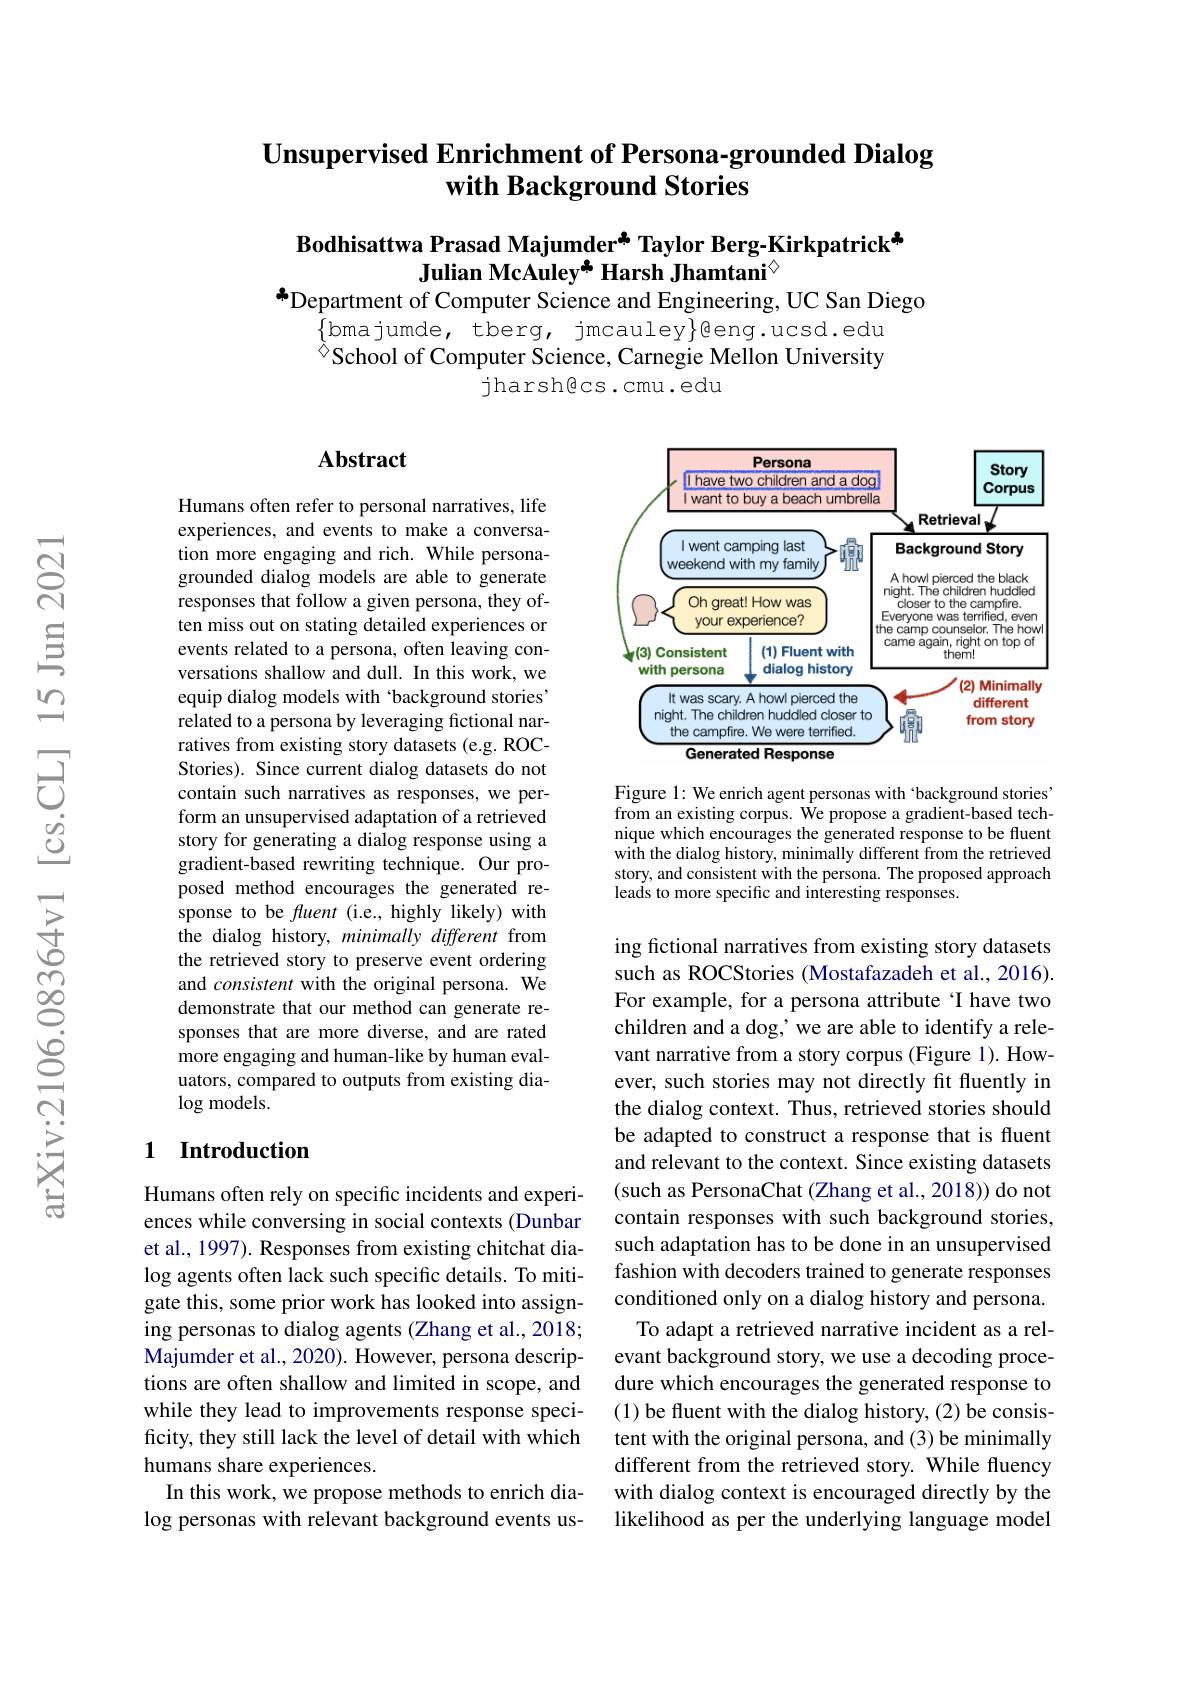
## $\textbf{Unsupervised Enrichment of Persona- grounded Dialog}$ with Background Stories

# Bodhisattwa Prasad Majumder* Taylor Berg-Kirkpatrick* Julian McAuley* Harsh Jhamtani$^{\textcircled{\mathrm{o}}}$ an Department of Computer Science and Engineering, UC San Diego

$\{$bmajumde, tberg, jmcauley$\}$geng.ucsd.edu $^{\textcircled{\mathrm{b}}}$School of Computer Science, Carnegie Mellon University
jharsh@cs.cmu.edu

### $\mathbf{Abstract}$

Humans often refer to personal narratives, life experiences, and events to make a conversation more engaging and rich. While personagrounded dialog models are able to generate responses that follow a given persona, they often miss out on stating detailed experiences or events related to a persona, often leaving conversations shallow and dull. In this work, we equip dialog models with ‘background stories’ related to a persona by leveraging fictional narratives from existing story datasets (e.g. ROCStories). Since current dialog datasets do not contain such narratives as responses, we perform an unsupervised adaptation of a retrieved story for generating a dialog response using a gradient-based rewriting technique. Our proposed method encourages the generated response to be fluent (i.e., highly likely) with the dialog history, minimally different from the retrieved story to preserve event ordering and consistent with the original persona. We demonstrate that our method can generate responses that are more diverse, and are rated more engaging and human-like by human evaluators, compared to outputs from existing dia- $\log$models.

## 1 Introduction

Humans often rely on specific incidents and experiences while conversing in social contexts (Dunbar et al., 1997). Responses from existing chitchat dialog agents often lack such specific details. To mitigate this, some prior work has looked into assigning personas to dialog agents (Zhang et al., 2018; Majumder et al., 2020). However, persona descriptions are often shallow and limited in scope, and while they lead to improvements response specificity, they still lack the level of detail with which humans share experiences.
In this work, we propose methods to enrich dialog personas with relevant background events us-

<FigureHere>

Figure 1: We enrich agent personas with background stories from an existing corpus. We propose a gradient-based technique which encourages the generated response to be fluent with the dialog history, minimally different from the retrieved story, and consistent with the persona. The proposed approach leads to more specific and interesting responses.

ing fictional narratives from existing story datasets such as ROCStories (Mostafazadeh et al., 2016). For example, for a persona attribute 'I have two children and a dog, we are able to identify a relevant narrative from a story corpus (Figure 1). However, such stories may not directly fit fluently in the dialog context. Thus, retrieved stories should be adapted to construct a response that is fluent and relevant to the context. Since existing datasets (such as PersonaChat (Zhang et al., 2018)) do not contain responses with such background stories, such adaptation has to be done in an unsupervised fashion with decoders trained to generate responses conditioned only on a dialog history and persona. To adapt a retrieved narrative incident as a relevant background story, we use a decoding procedure which encourages the generated response to (1) be fluent with the dialog history, (2) be consistent with the original persona, and (3) be minimally different from the retrieved story. While fluency with dialog context is encouraged directly by the likelihood as per the underlying language model